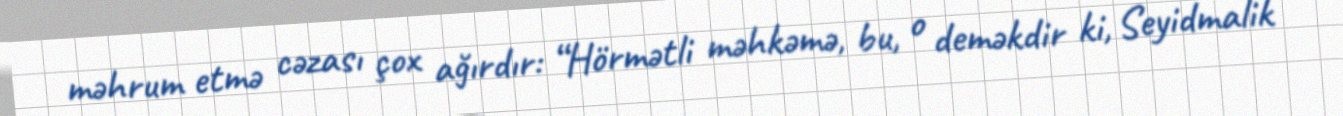
məhrum etmə cəzası çox ağırdır: “Hörmətli məhkəmə, bu, o deməkdir ki, Seyidmalik